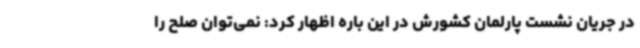
در جریان نشست پارلمان کشورش در این باره اظهار کرد: نمی‌توان صلح را